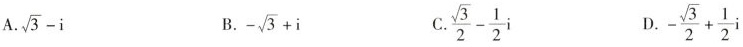
A. $$\sqrt { 3 } - i$$ B. $$- \sqrt { 3 } + i$$ C. $$\frac { \sqrt { 3 } } { 2 } - \frac { 1 }